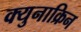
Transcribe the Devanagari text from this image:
क्युनाक्रिन